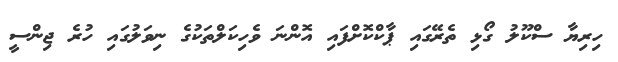
ހިރިޔާ ސްކޫލު ގޯޅި ތެރޭގައި ޕާކްކޮށްފައި އޮންނަ ވެހިކަލްތަކުގެ ނިވަލުގައި ހުރެ ޖިންސީ